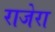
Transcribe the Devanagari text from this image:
राजेरा